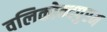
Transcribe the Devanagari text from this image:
वलिकोन्दपुरम